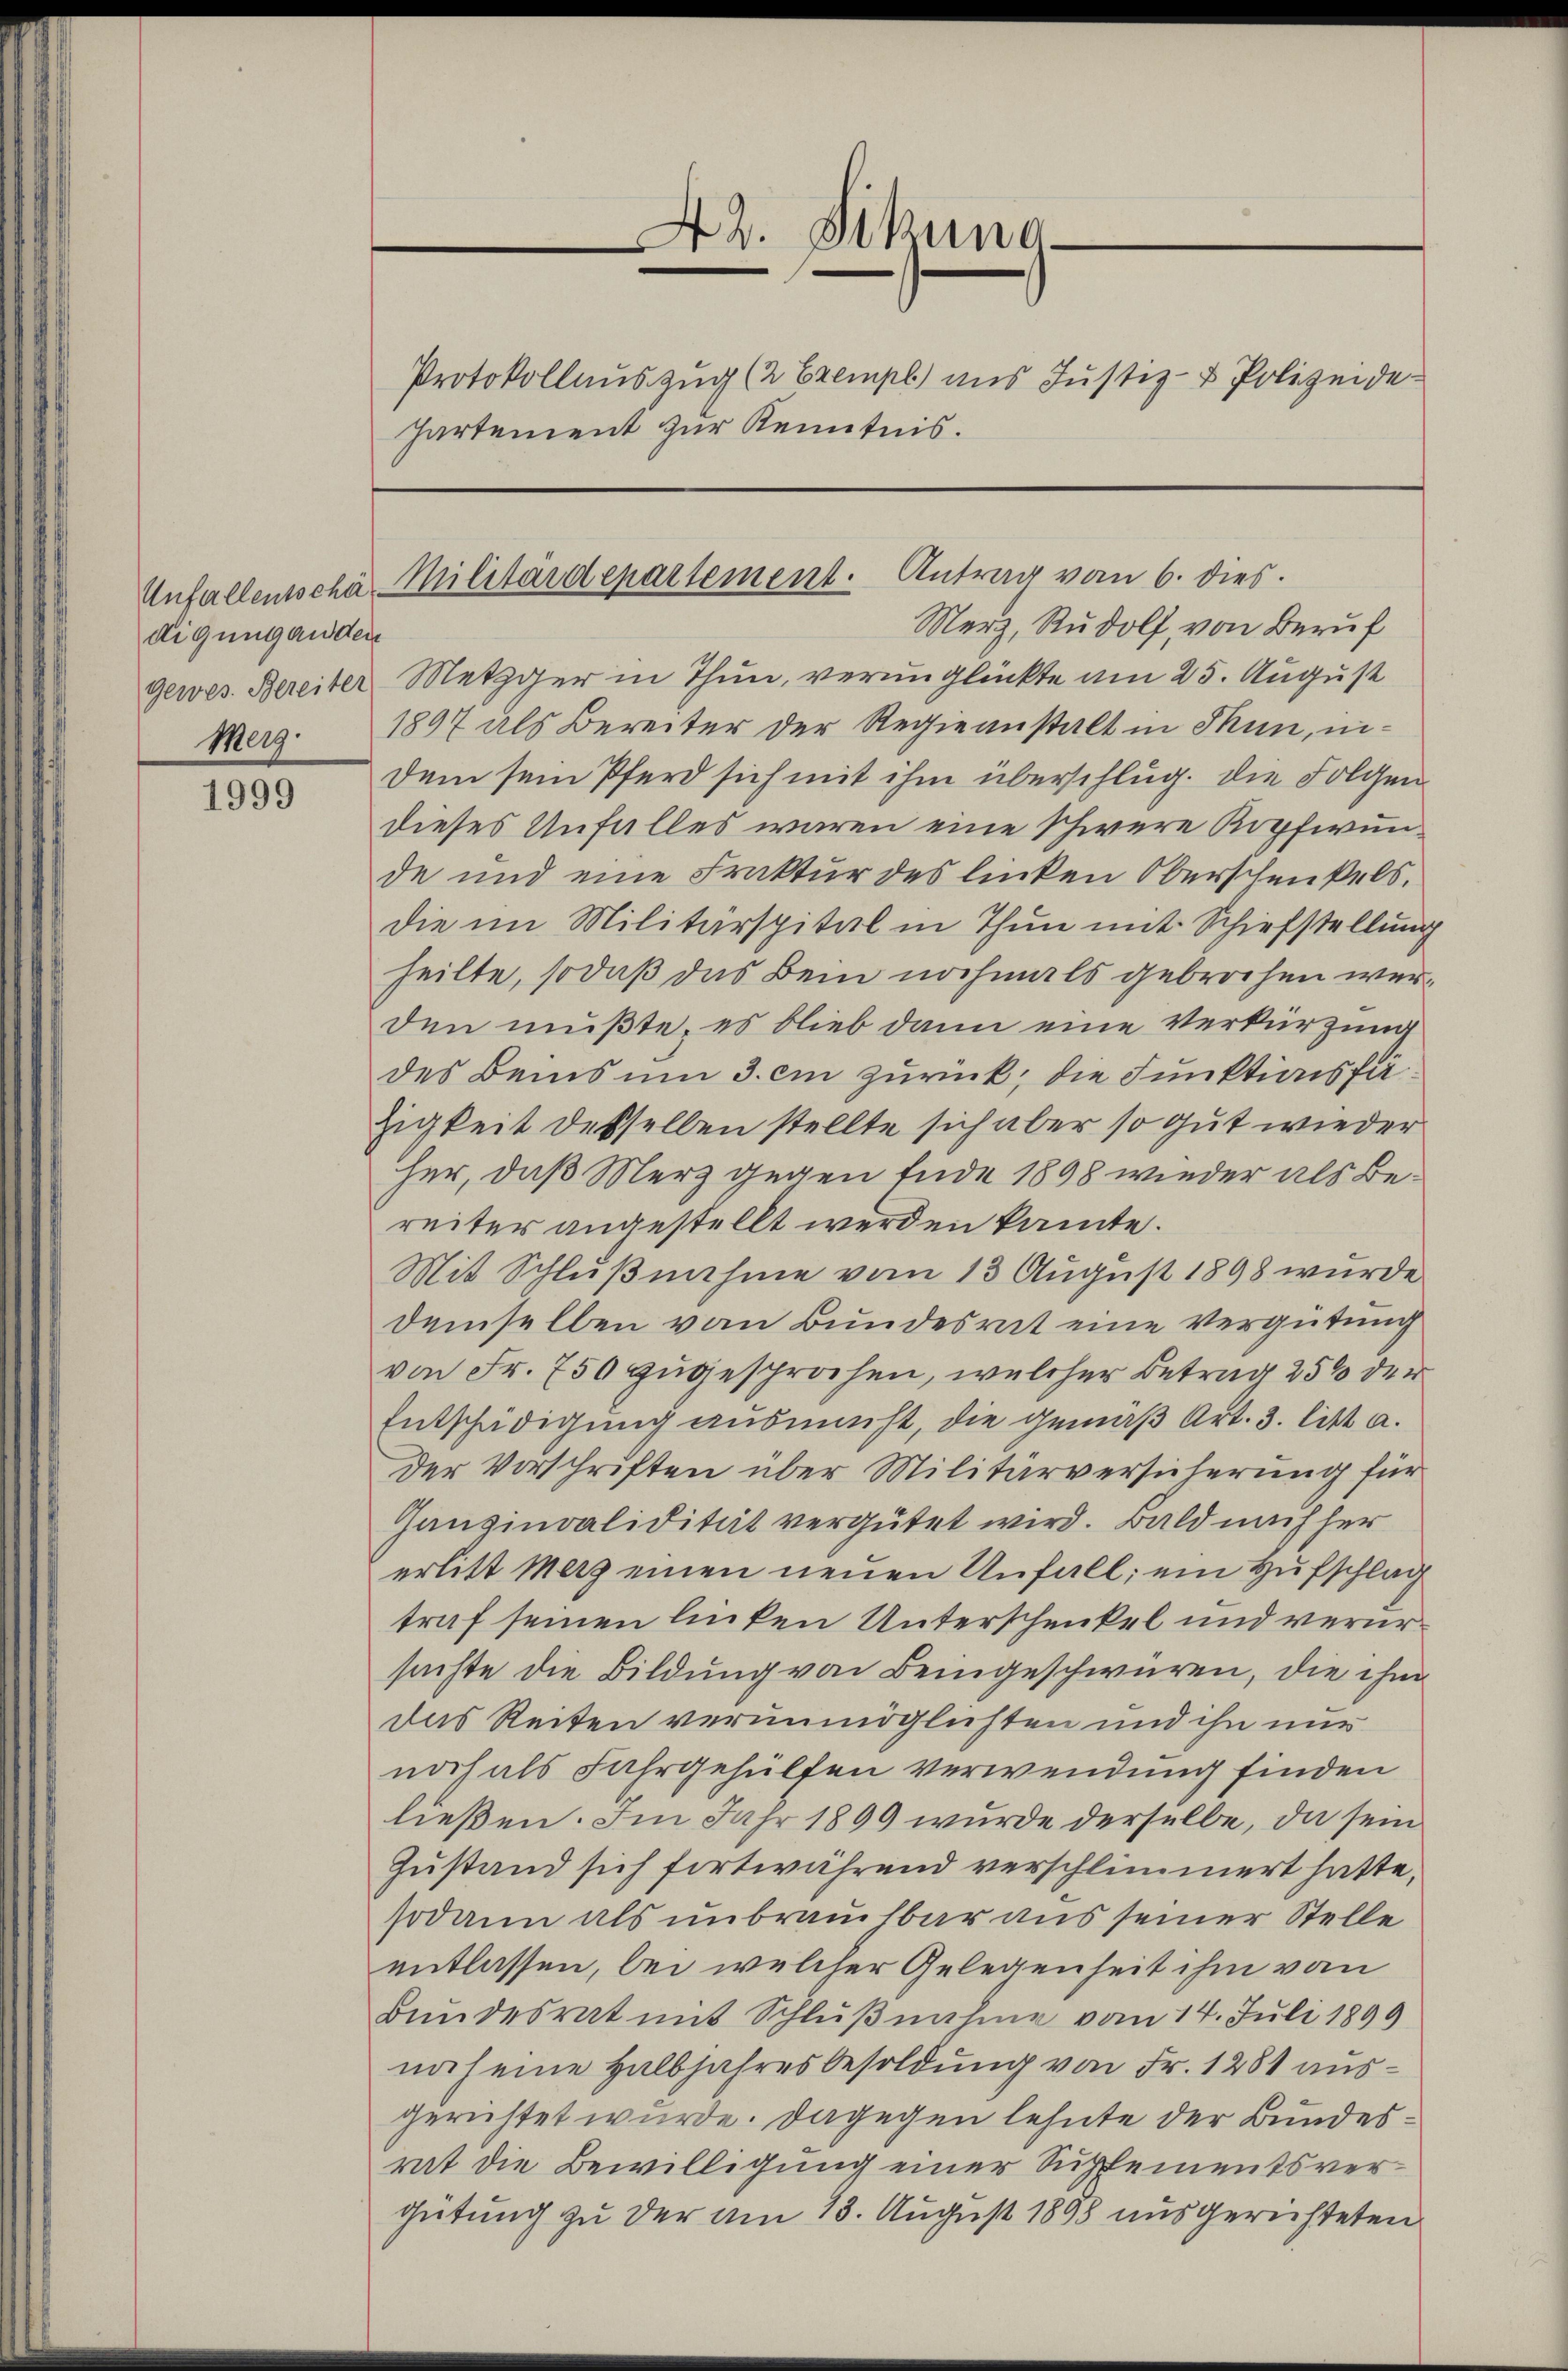
digung anden
gewes. Bereiter

1999

A2. Sikuna
Protokollauszug (2 Exempl) aus Justiz- & Polizeide
Partement zur Kenntnis.

Unfallentschä Militärdepartement. Antrag vom 6. dies
Merz, Rudolf, von Beruf

Metzger in Thun, verunglückte am 25. August
Merg. 1897 als Bereiter der Regieanstalt in Thun, indem sein Pferd sich mit ihm überschlug. die Folgen
dieses Unfalles waren eine schwere Kopfwunde und eine Fraktur des linken Oberschenkels.
die im Militärspital in Thun mit Schiefstellung
heilte, sodaß das Bein nochmals gebrochen werden mußte, es blieb dann eine Verkürzung
des Beins um 3. ein zurück; die Funktionsfä¬
Zigkeit desselben stellte sich aber so gut wieder
her, daß Merz gegen Ende 1898 wieder als Bereiter angestellt werden kannte.
Mit Schlußnahme vom 13 August 1898 wurde
demselben vom Bundesrat eine Vergütung
von Fr. 750 zugesprochen, welcher Betrag 25% der
Entschädigung ausmacht, die gemäß Art. 3. litt. a.
Der Vorschriften über Militärversicherung für
Gansinvalidität vergütet wird. Bald nach her
erlitt Merz einen neuen Unfall; ein Hufschlag
traf seinen linken Unterschenkel und verursuchte die Bildung von Beingeschwüren, die ihm
das Reiten verunmöglichten und ihn nur
noch als Fahrgehülfen verwendung finden
ließen. Im Jahr 1899 wurde derselbe, da sein
Zustand sich fortwährend verschlimmert hatte,
sodann als unbrauchbar aus seiner Stelle
entlassen, bei welcher Gelegenheit ihm vom
Bundesrat mit Schlŭβnahme vom 14. Juli 1899
noch eine Halbjahresbesoldung von Fr. 1281 ausgerichtet wurde. Dagegen lehnte der Bundesrat die Bewilligung einer Supplementsvergütung zu der am 13. August 1898 ausgerichteten